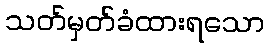
သတ်မှတ်ခံထားရသော